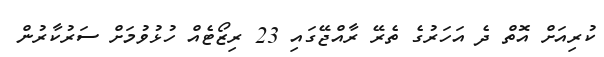
ކުރިއަށް އޮތް ދެ އަހަރުގެ ތެރޭ ރާއްޖޭގައި 23 ރިޒޯޓެއް ހުޅުވުމަށް ސަރުކާރުން